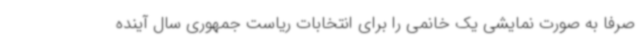
صرفا به صورت نمایشی یک خانمی را برای انتخابات ریاست جمهوری سال آینده